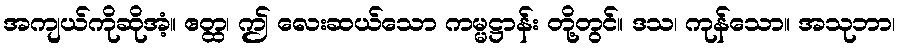
အကျယ်ကိုဆိုအံ့။ ဧတ္ထ၊ ဤ လေးဆယ်သော ကမ္မဋ္ဌာန်း တို့တွင်။ ဒသ၊ ကုန်သော။ အသုဘာ၊